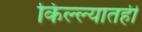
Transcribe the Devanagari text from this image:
किल्ल्यातही